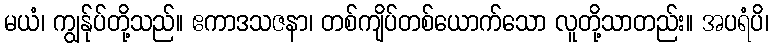
မယံ၊ ကျွန်ုပ်တို့သည်။ ဧကာဒသဇနာ၊ တစ်ကျိပ်တစ်ယောက်သော လူတို့သာတည်း။ အပရံပိ၊